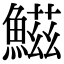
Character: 鰦